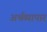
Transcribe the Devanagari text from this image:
अर्थव्यापार